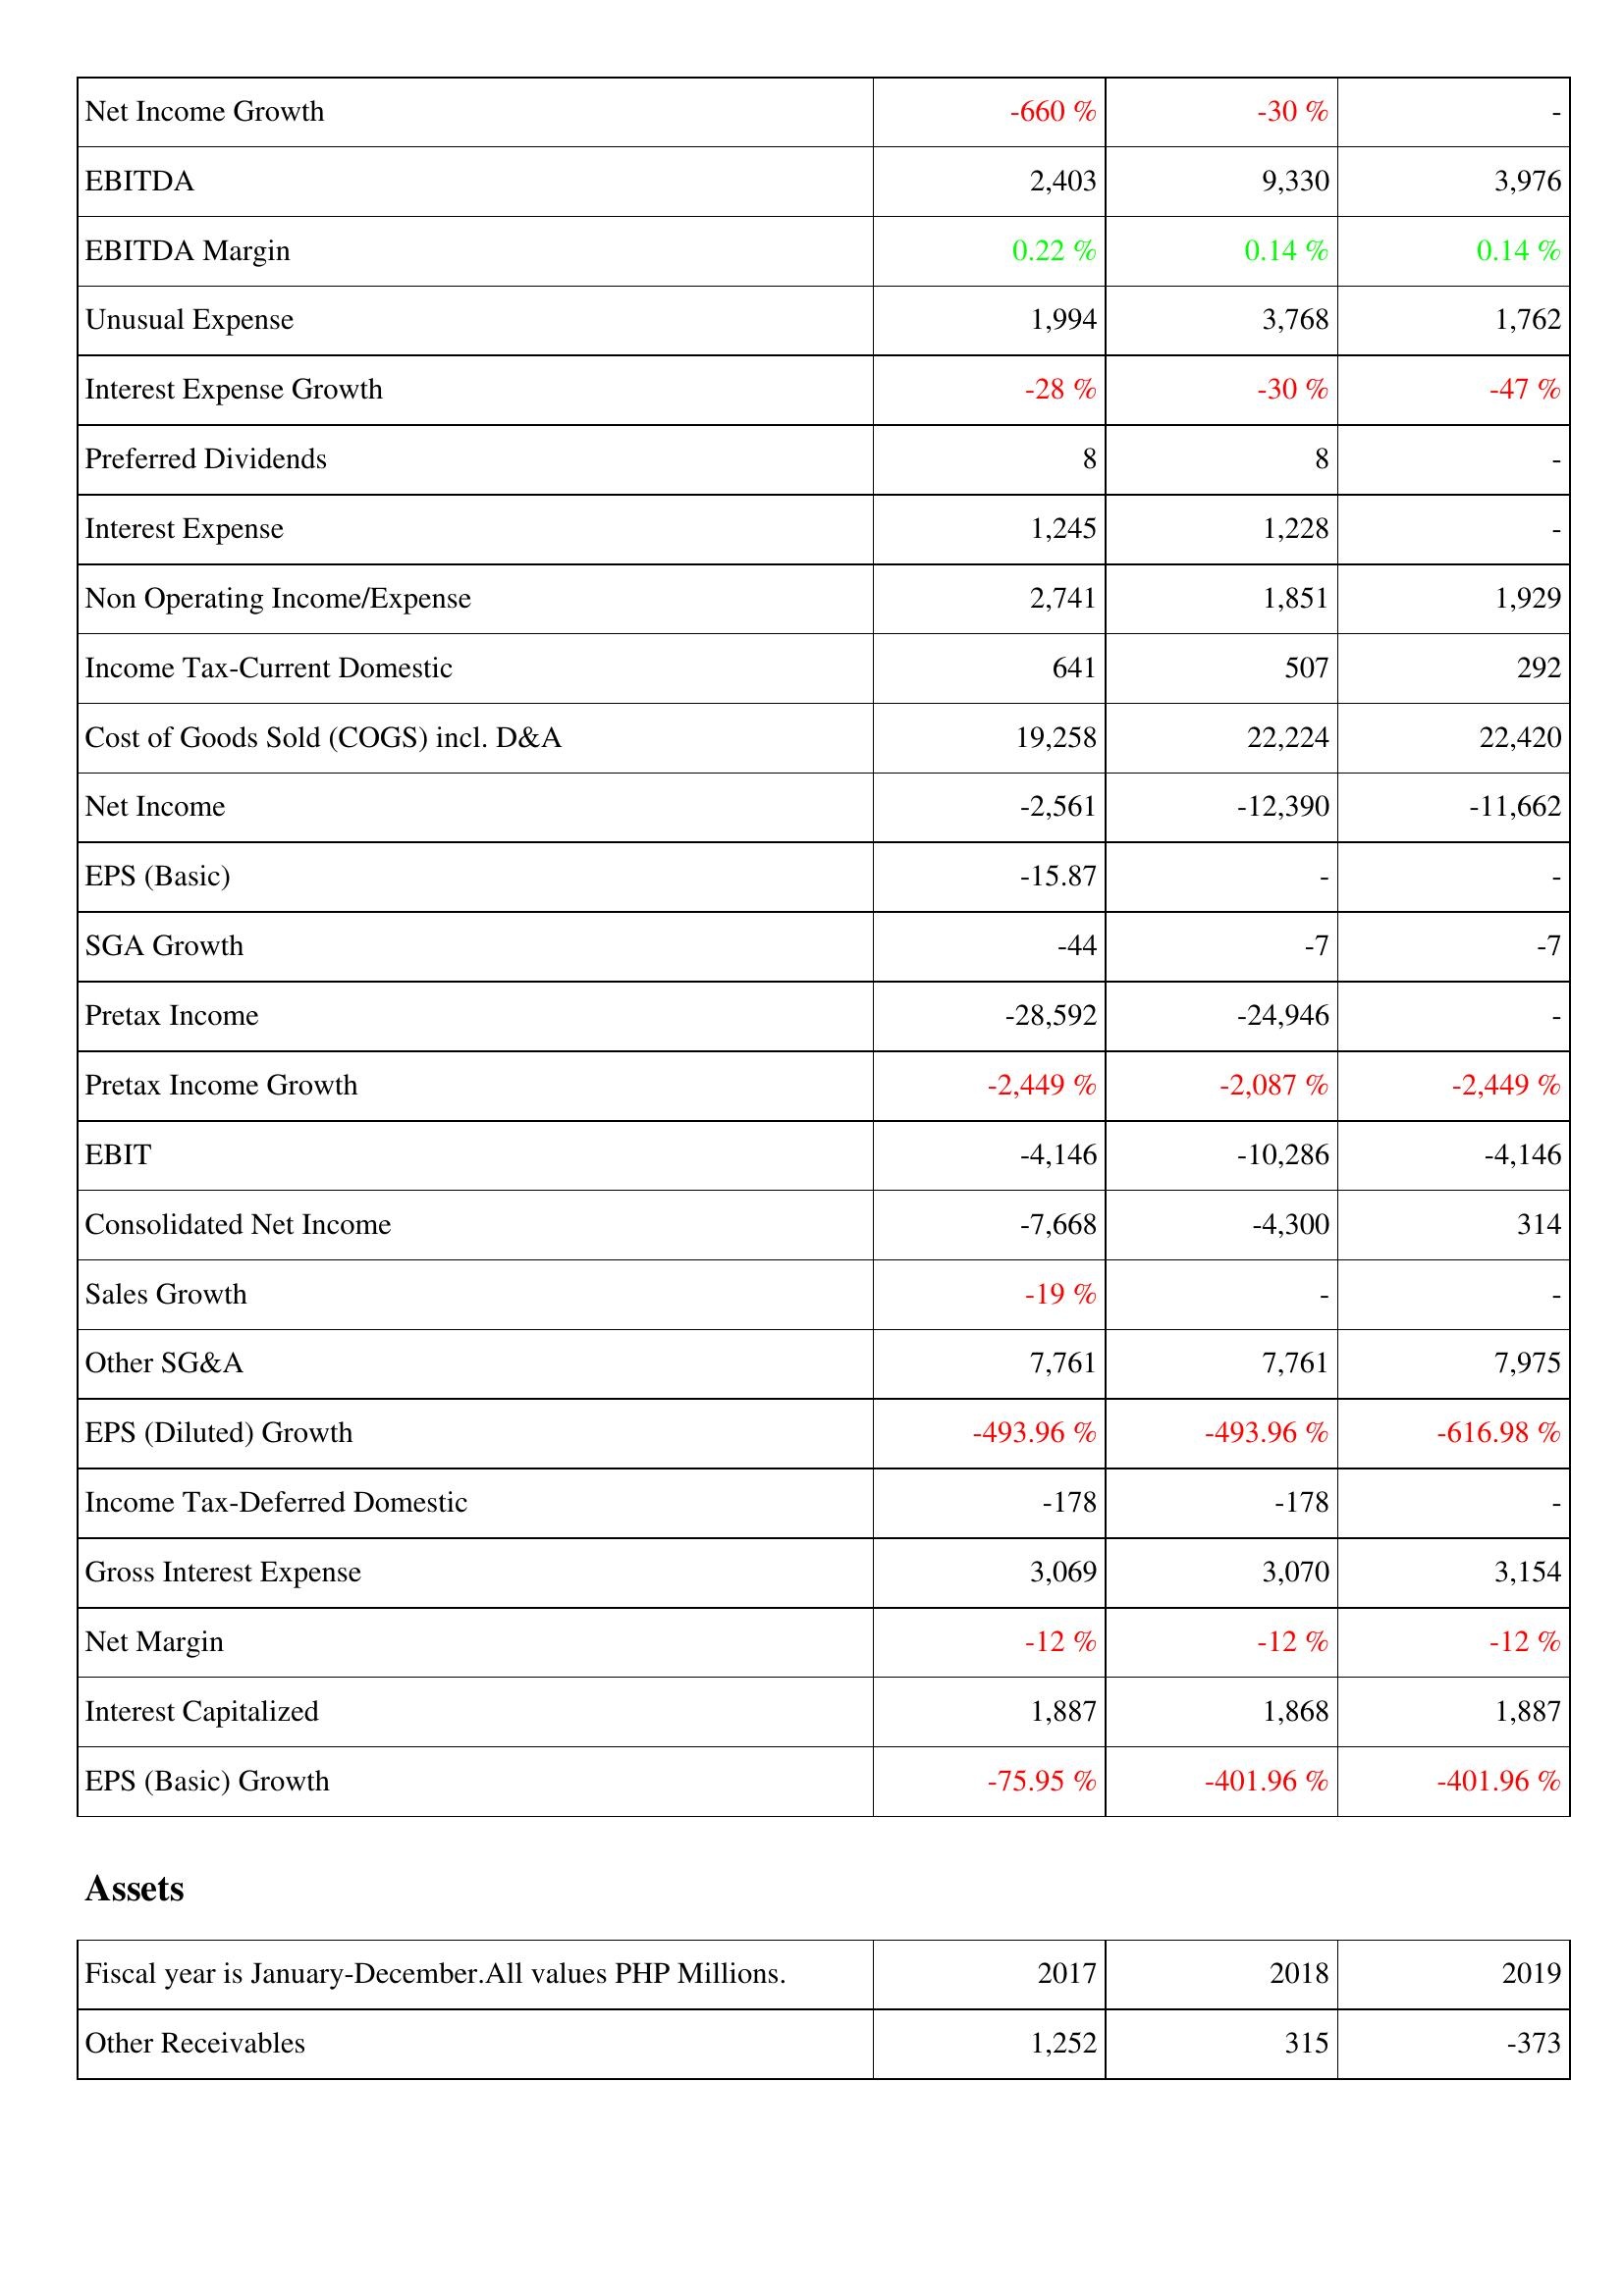
2017: Income Statement: Net Income Growth: -660 %
EBITDA: 2,403
EBITDA Margin: 0.22 %
Unusual Expense: 1,994
Interest Expense Growth: -28 %
Preferred Dividends: 8
Interest Expense: 1,245
Non Operating Income/Expense: 2,741
Income Tax-Current Domestic: 641
Cost of Goods Sold (COGS) incl. D&A: 19,258
Net Income: -2,561
EPS (Basic): -15.87
SGA Growth: -44
Pretax Income: -28,592
Pretax Income Growth: -2,449 %
EBIT: -4,146
Consolidated Net Income: -7,668
Sales Growth: -19 %
Other SG&A: 7,761
EPS (Diluted) Growth: -493.96 %
Income Tax-Deferred Domestic: -178
Gross Interest Expense: 3,069
Net Margin: -12 %
Interest Capitalized: 1,887
EPS (Basic) Growth: -75.95 %
Assets: Other Receivables: 1,252
2018: Income Statement: Net Income Growth: -30 %
EBITDA: 9,330
EBITDA Margin: 0.14 %
Unusual Expense: 3,768
Interest Expense Growth: -30 %
Preferred Dividends: 8
Interest Expense: 1,228
Non Operating Income/Expense: 1,851
Income Tax-Current Domestic: 507
Cost of Goods Sold (COGS) incl. D&A: 22,224
Net Income: -12,390
EPS (Basic): -
SGA Growth: -7
Pretax Income: -24,946
Pretax Income Growth: -2,087 %
EBIT: -10,286
Consolidated Net Income: -4,300
Sales Growth: -
Other SG&A: 7,761
EPS (Diluted) Growth: -493.96 %
Income Tax-Deferred Domestic: -178
Gross Interest Expense: 3,070
Net Margin: -12 %
Interest Capitalized: 1,868
EPS (Basic) Growth: -401.96 %
Assets: Other Receivables: 315
2019: Income Statement: Net Income Growth: -
EBITDA: 3,976
EBITDA Margin: 0.14 %
Unusual Expense: 1,762
Interest Expense Growth: -47 %
Preferred Dividends: -
Interest Expense: -
Non Operating Income/Expense: 1,929
Income Tax-Current Domestic: 292
Cost of Goods Sold (COGS) incl. D&A: 22,420
Net Income: -11,662
EPS (Basic): -
SGA Growth: -7
Pretax Income: -
Pretax Income Growth: -2,449 %
EBIT: -4,146
Consolidated Net Income: 314
Sales Growth: -
Other SG&A: 7,975
EPS (Diluted) Growth: -616.98 %
Income Tax-Deferred Domestic: -
Gross Interest Expense: 3,154
Net Margin: -12 %
Interest Capitalized: 1,887
EPS (Basic) Growth: -401.96 %
Assets: Other Receivables: -373